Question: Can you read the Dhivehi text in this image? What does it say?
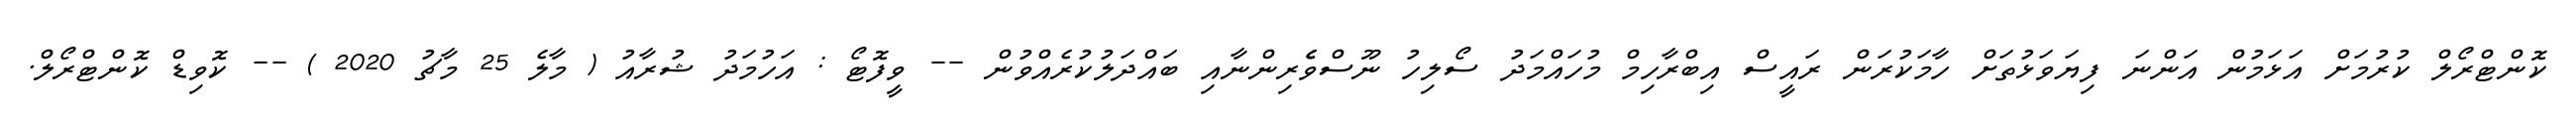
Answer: ކޮންޓްރޯލް ކުރުމަށް އަޅަމުން އަންނަ ފިޔަވަޅުތަށް ހާމަކުރަން ރައީސް އިބްރާހިމް މުހައްމަދު ސޯލިހު ނޫސްވެެރިންނާއި ބައްދަލުކުރެއްވުން -- ވީފޮޓޯ : އަހުމަދު ޝުރާއު ( މާލެ 25 މާޗު 2020 ) -- ކޮވިޑް ކޮންޓްރޯލް.